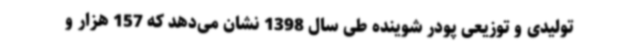
تولیدی و توزیعی پودر شوینده طی سال 1398 نشان می‌دهد که 157 هزار و